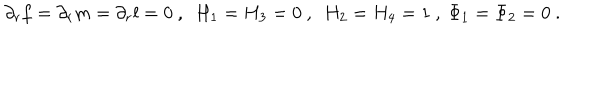
\partial _ { r } f = \partial _ { r } m = \partial _ { r } l = 0 \ , \ \ H _ { 1 } = H _ { 3 } = 0 \ , \ \ H _ { 2 } = H _ { 4 } = 1 \ , \ \Phi _ { 1 } = \Phi _ { 2 } = 0 \ .